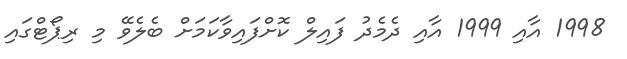
1998 އާއި 1999 އާއި ދެމެދު ފައިލް ކޮށްފައިވާކަމަށް ބެލެވޭ މި ރިޕޯޓްގައި